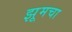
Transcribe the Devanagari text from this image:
झूमचा